Structure of Hæmatopota pluvialis (Meigen) - Number 55
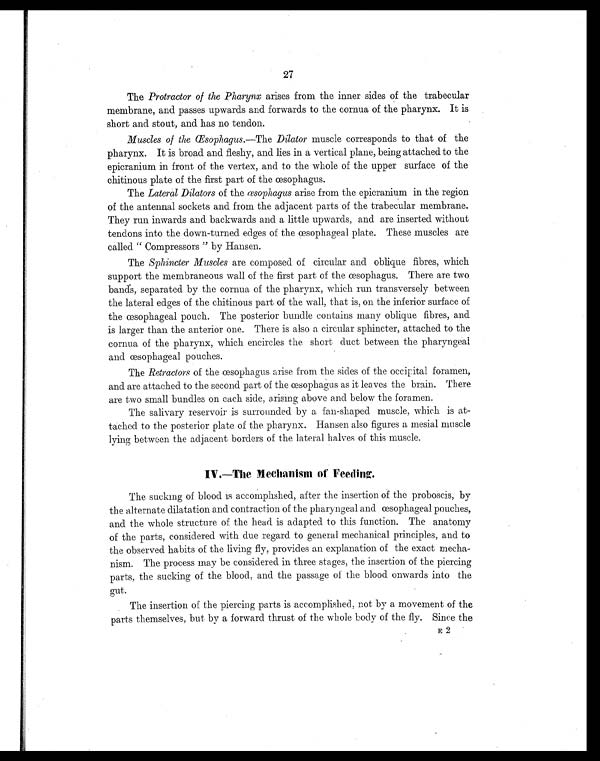
27
The Protractor of the Pharynx arises from the inner sides of the trabecular
membrane, and passes upwards and forwards to the cornua of the pharynx. It is
short and stout, and has no tendon.
Muscles of the Œsophagus.—The Dilator muscle corresponds to that of the
pharynx. It is broad and fleshy, and lies in a vertical plane, being attached to the
epicranium in front of the vertex, and to the whole of the upper surface of the
chitinous plate of the first part of the œsophagus.
The Lateral Dilators of the œsophagus arise from the epicranium in the region
of the antennal sockets and from the adjacent parts of the trabecular membrane.
They run inwards and backwards and a little upwards, and are inserted without
tendons into the down-turned edges of the œsophageal plate. These muscles are
called "Compressors" by Hansen.
The Sphincter Muscles are composed of circular and oblique fibres, which
support the membraneous wall of the first part of the œsophagus. There are two
bands, separated by the cornua of the pharynx, which run transversely between
the lateral edges of the chitinous part of the wall, that is, on the inferior surface of
the œsophageal pouch. The posterior bundle contains many oblique fibres, and
is larger than the anterior one. There is also a circular sphincter, attached to the
cornua of the pharynx, which encircles the short duct between the pharyngeal
and œsophageal pouches.
The Retractors of the œsophagus arise from the sides of the occipital foramen,
and are attached to the second part of the œsophagus as it leaves the brain. There
are two small bundles on each side, arising above and below the foramen.
The salivary reservoir is surrounded by a fan-shaped muscle, which is at-
tached to the posterior plate of the pharynx. Hansen also figures a mesial muscle
lying between the adjacent borders of the lateral halves of this muscle.
IV.—The Mechanism of Feeding.
The sucking of blood is accomplished, after the insertion of the proboscis, by
the alternate dilatation and contraction of the pharyngeal and œsophageal pouches,
and the whole structure of the head is adapted to this function. The anatomy
of the parts, considered with due regard to general mechanical principles, and to
the observed habits of the living fly, provides an explanation of the exact mecha-
nism. The process may be considered in three stages, the insertion of the piercing
parts, the sucking of the blood, and the passage of the blood onwards into the
gut.
The insertion of the piercing parts is accomplished, not by a movement of the
parts themselves, but by a forward thrust of the whole body of the fly. Since the
E 2